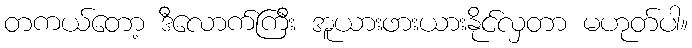
တကယ်တော့ ဒီလောက်ကြီး အူယားဖားယားနိုင်လှတာ မဟုတ်ပါ။